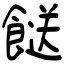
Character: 餸